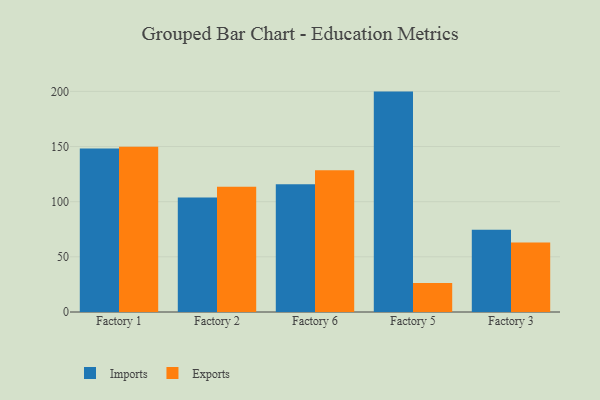
{"axis": {"x": "Factory", "y": "Production Output"}, "legend": ["Exports", "Imports"], "data": [{"x": "Factory 1", "y": 148.2, "type": "Imports"}, {"x": "Factory 1", "y": 149.7, "type": "Exports"}, {"x": "Factory 2", "y": 103.7, "type": "Imports"}, {"x": "Factory 2", "y": 113.5, "type": "Exports"}, {"x": "Factory 6", "y": 115.9, "type": "Imports"}, {"x": "Factory 6", "y": 128.6, "type": "Exports"}, {"x": "Factory 5", "y": 199.8, "type": "Imports"}, {"x": "Factory 5", "y": 26.3, "type": "Exports"}, {"x": "Factory 3", "y": 74.5, "type": "Imports"}, {"x": "Factory 3", "y": 62.9, "type": "Exports"}]}